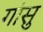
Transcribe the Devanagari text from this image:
गांसु